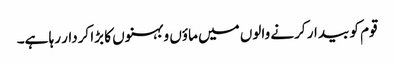
قوم کو بیدار کرنے والوں میں ماؤں و بہنوں کا بڑا کردار رہا ہے۔